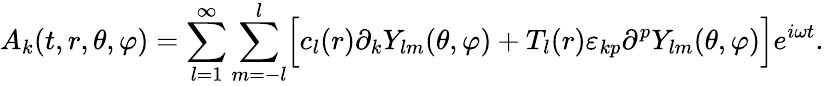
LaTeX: A_{k}(t,r,\theta,\varphi)=\sum_{l=1}^{\infty}\sum_{m=-l}^{l}\Bigr[c_{l}(r)\partial_{k}Y_{lm}(\theta,\varphi)+T_{l}(r)\varepsilon_{kp}\partial^{p}Y_{lm}(\theta,\varphi)\Bigr]e^{i\omega t}.